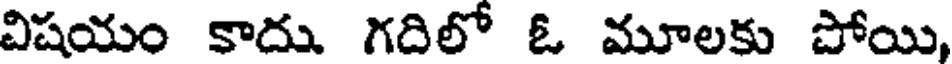
విషయం కాదు గదిలో ఓ మూలకు పోయి,